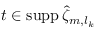
t \in \ensuremath { \mathrm { s u p p \, } } \hat { \zeta } _ { m , l _ { k } }